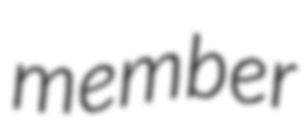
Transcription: member